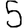
Digit: 5